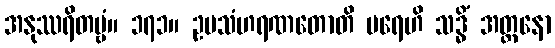
အနုဿရိတဗ္ဗံ။ ၁၇၁။ ဥပသံဟရဏတောတိ ပရေဟိ သဒ္ဓိံ အတ္တနော